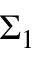
\Sigma _ { 1 }